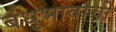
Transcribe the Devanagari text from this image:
बंधुभावाची